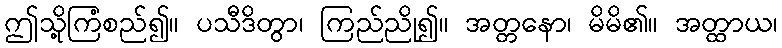
ဤသို့ကြံစည်၍။ ပသီဒိတွာ၊ ကြည်ညို၍။ အတ္တနော၊ မိမိ၏။ အတ္ထာယ၊